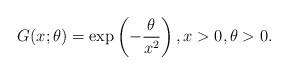
LaTeX: \begin{align*}G(x;\theta) = \exp\left(-\frac{\theta}{x^2}\right), x> 0,\theta>0 .\end{align*}